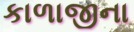
કાળાજીના